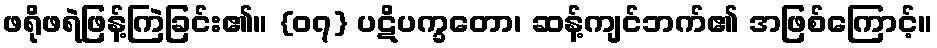
ဖရိုဖရဲဖြန့်ကြဲခြင်း၏။ {၀၇} ပဋိပက္ခတော၊ ဆန့်ကျင်ဘက်၏ အဖြစ်ကြောင့်။